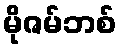
မိုဇမ်ဘစ်